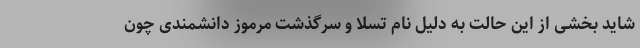
شاید بخشی از این حالت به دلیل نام تسلا و سرگذشت مرموز دانشمندی چون